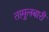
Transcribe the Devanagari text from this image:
तामुलबारी